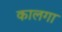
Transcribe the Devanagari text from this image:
कालगा